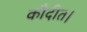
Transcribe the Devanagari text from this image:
कौदीत।